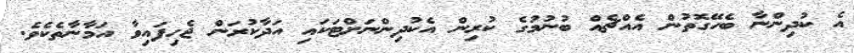
އެ ކުދިންނާ ބެހޭގޮތުން އެއްޗެއް ބުނުމުގެ ކުރިން އެކުދިންނަށްޓަކައި އަދާކުރަން ޖެހިފައިވާ އަމާނާތެކެވެ.